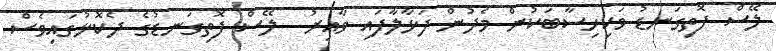
ލޭސް ފޮތިގަނޑު ވަކިހިސާބަކުން މެދުން ފަޅާލާފައި ވާއިރު  ލޭސް ފޮތިގަނޑުގެ ދެކޮޅުގައިވެސް